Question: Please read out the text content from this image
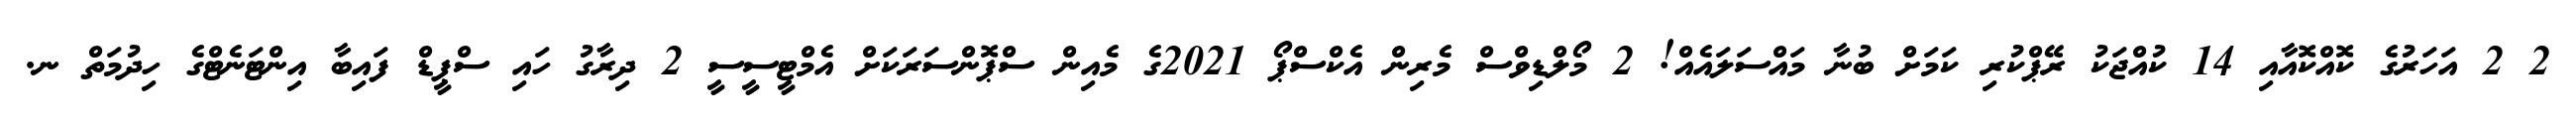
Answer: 2 2 އަހަރުގެ ކޮއްކޮއާއި 14 ކުއްޖަކު ރޭޕްކުރި ކަމަށް ބުނާ މައްސަލައެއް! 2 މޯލްޑިވްސް މެރިން އެކްސްޕޯ 2021ގެ މެއިން ސްޕޮންސަރަކަށް އެމްޓީސީސީ 2 ދިރާގު ހައި ސްޕީޑް ފައިބާ އިންޓަނެޓްގެ ހިދުމަތް ނ.